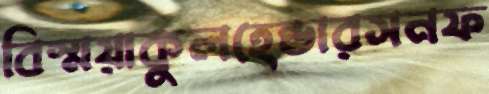
বিস্ময়াকুলহেন্ডারসনফ